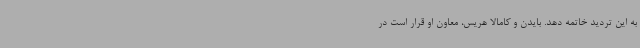
به این تردید خاتمه دهد. بایدن و کامالا هریس، معاون او قرار است در